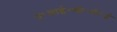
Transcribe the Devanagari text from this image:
ए॰आई॰सी॰टी॰ई